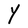
Character: Y